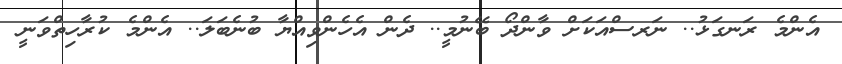
އެންމެ ރަނގަޅު.. ނަރސްއަކަށް ވާންދޯ ބޭނުމީ.. ދެން އެހެންވިއްޔާ ބުނެބަލަ.. އެންމެ ކުރާހިތްވަނީ